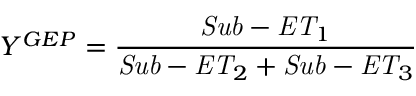
Y ^ { G E P } = \frac { \mathit { S u b - E T } _ { 1 } } { \mathit { S u b - E T } _ { 2 } + \mathit { S u b - E T } _ { 3 } }